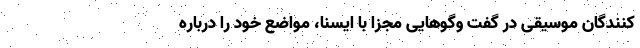
کنندگان موسیقی در گفت وگوهایی مجزا با ایسنا، مواضع خود را درباره